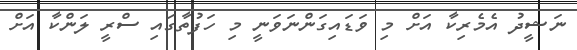
ނަޝީދު އެމެރިކާ އަށް މި ވަޑައިގަންނަވަނީ މި ހަފުތާގައި ސްރީ ލަންކާ އަށް